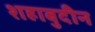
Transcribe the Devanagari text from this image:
शहाबुदीन